Annual administration report of the Civil Veterinary Department, Ajmere-Merwara, British Rajputana - 1914-1940
Year: 1914
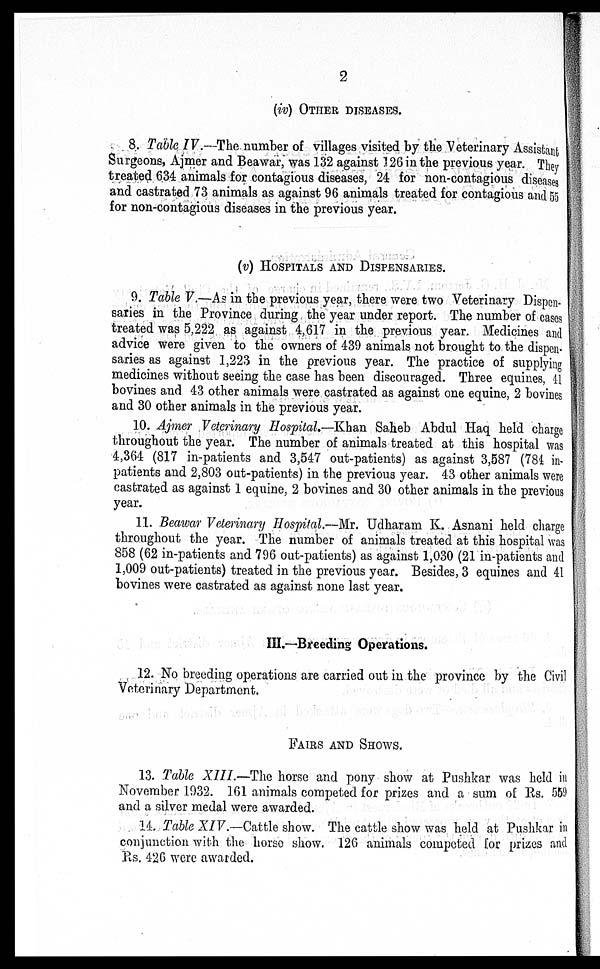
2
(iv) OTHER DISEASES.
8. Table IV.—The number of villages visited by the Veterinary Assistant
Surgeons, Ajmer and Beawar, was 132 against 126 in the previous year. They
treated 634 animals for contagious diseases, 24 for non-contagious diseases
and castrated 73 animals as against 96 animals treated for contagious and 55
for non-contagious diseases in the previous year.
(v) HOSPITALS AND DISPENSARIES.
9. Table V.—As in the previous year, there were two Veterinary Dispen-
saries in the Province during the year under report. The number of cases
treated was 5,222 as against 4,617 in the previous year. Medicines and
advice were given to the owners of 439 animals not brought to the dispen-
saries as against 1,223 in the previous year. The practice of supplying
medicines without seeing the case has been discouraged. Three equines, 41
bovines and 43 other animals were castrated as against one equine, 2 bovines
and 30 other animals in the previous year.
10. Ajmer Veterinary Hospital.—Khan Saheb Abdul Haq held charge
throughout the year. The number of animals treated at this hospital was
4,364 (817 in-patients and 3,547 out-patients) as against 3,587 (784 in-
patients and 2,803 out-patients) in the previous year. 43 other animals were
castrated as against 1 equine, 2 bovines and 30 other animals in the previous
year.
11. Beawar Veterinary Hospital.—Mr. Udharam K. Asnani held charge
throughout the year. The number of animals treated at this hospital was
858 (62 in-patients and 796 out-patients) as against 1,030 (21 in-patients and
1,009 out-patients) treated in the previous year. Besides, 3 equines and 41
bovines were castrated as against none last year.
III.—Breeding Operations.
12. No breeding operations are carried out in the province by the Civil
Veterinary Department.
FAIRS AND SHOWS.
13. Table XIII.—The horse and pony show at Pushkar was held in
November 1932. 161 animals competed for prizes and a sum of Rs. 559
and a silver medal were awarded.
14. Table XIV.—Cattle show. The cattle show was held at Pushkar in
conjunction with the horse show. 126 animals competed for prizes and
Rs. 426 were awarded.